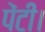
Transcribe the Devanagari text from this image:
पेंटी।